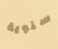
سنوية